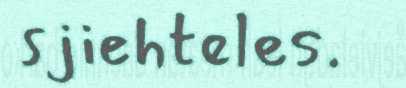
sjiehteles.